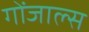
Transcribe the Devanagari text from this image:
गोंजाल्स